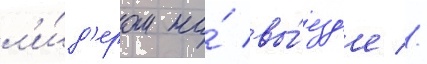
л'и́д'ером на́ вы́езд'е //